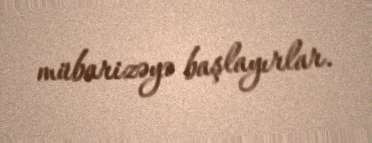
mübarizəyə başlayırlar.